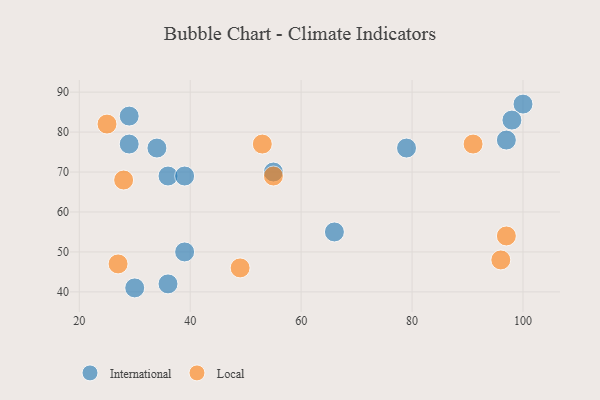
{"axis": {"x": "GDP", "y": "Life Expectancy"}, "legend": ["International", "Local"], "data": [{"x": "39", "y": 50, "type": "International"}, {"x": "36", "y": 69, "type": "International"}, {"x": "29", "y": 77, "type": "International"}, {"x": "36", "y": 42, "type": "International"}, {"x": "30", "y": 41, "type": "International"}, {"x": "55", "y": 70, "type": "International"}, {"x": "39", "y": 69, "type": "International"}, {"x": "100", "y": 87, "type": "International"}, {"x": "98", "y": 83, "type": "International"}, {"x": "34", "y": 76, "type": "International"}, {"x": "79", "y": 76, "type": "International"}, {"x": "97", "y": 78, "type": "International"}, {"x": "66", "y": 55, "type": "International"}, {"x": "29", "y": 84, "type": "International"}, {"x": "91", "y": 77, "type": "Local"}, {"x": "27", "y": 47, "type": "Local"}, {"x": "28", "y": 68, "type": "Local"}, {"x": "25", "y": 82, "type": "Local"}, {"x": "97", "y": 54, "type": "Local"}, {"x": "96", "y": 48, "type": "Local"}, {"x": "53", "y": 77, "type": "Local"}, {"x": "49", "y": 46, "type": "Local"}, {"x": "55", "y": 69, "type": "Local"}]}